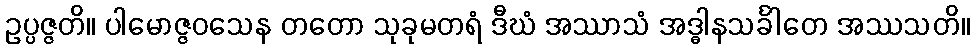
ဥပ္ပဇ္ဇတိ။ ပါမောဇ္ဇဝသေန တတော သုခုမတရံ ဒီဃံ အဿာသံ အဒ္ဓါနသင်္ခါတေ အဿသတိ။